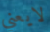
لايعني